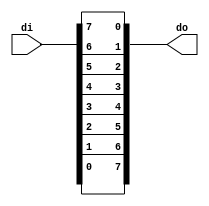
// =================================================================================/
// Project Name :
// Creat Time   : 2018/10/25 17:02:36
// Module Ver   : V1.0
// Abstract     :
//
// CopyRight(c) 2014, Authors...
// All Rights Reserved
//
// ---------------------------------------------------------------------------------/
//
// Modification History:
// V1.0         initial
// =================================================================================/
`timescale 1ns/1ns

module can_ibo #(
parameter                           U_DLY = 1
)(
input           [7:0]               di,
output  wire    [7:0]               do
);
// Parameter Define

// Register Define

// Wire Define

assign do[0] = di[7];
assign do[1] = di[6];
assign do[2] = di[5];
assign do[3] = di[4];
assign do[4] = di[3];
assign do[5] = di[2];
assign do[6] = di[1];
assign do[7] = di[0];

endmodule